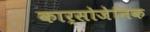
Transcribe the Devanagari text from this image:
कार्सोजेनिक